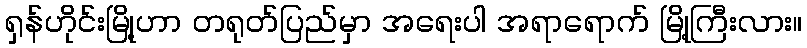
ရှန်ဟိုင်းမြို့ဟာ တရုတ်ပြည်မှာ အရေးပါ အရာရောက် မြို့ကြီးလား။